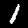
Digit: 1